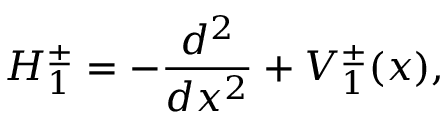
H _ { 1 } ^ { \pm } = - \frac { d ^ { 2 } } { d x ^ { 2 } } + V _ { 1 } ^ { \pm } ( x ) ,